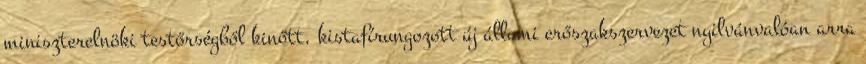
miniszterelnöki testőrségből kinőtt, kistafírungozott új állami erőszakszervezet nyilvánvalóan arra